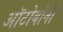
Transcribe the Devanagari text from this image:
ऑटोबोनी